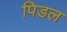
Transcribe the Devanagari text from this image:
पिडल